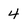
Character: 4